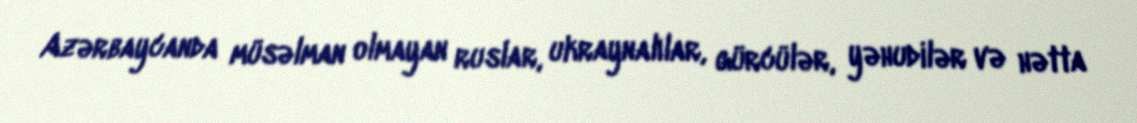
Azərbaycanda müsəlman olmayan ruslar, ukraynalılar, gürcülər, yəhudilər və hətta